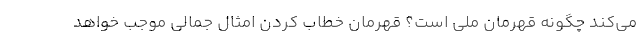
می‌کند چگونه قهرمان ملی است؟ قهرمان خطاب کردن امثال جمالی موجب خواهد